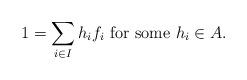
LaTeX: \begin{align*}1=\sum_{i \in I}h_if_i \textrm{ for some }h_i \in A.\end{align*}